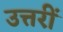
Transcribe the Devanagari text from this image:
उत्तरीं